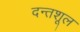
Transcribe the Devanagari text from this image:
दन्तशूल